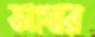
ভাগ্যের